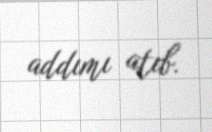
addımı atıb.